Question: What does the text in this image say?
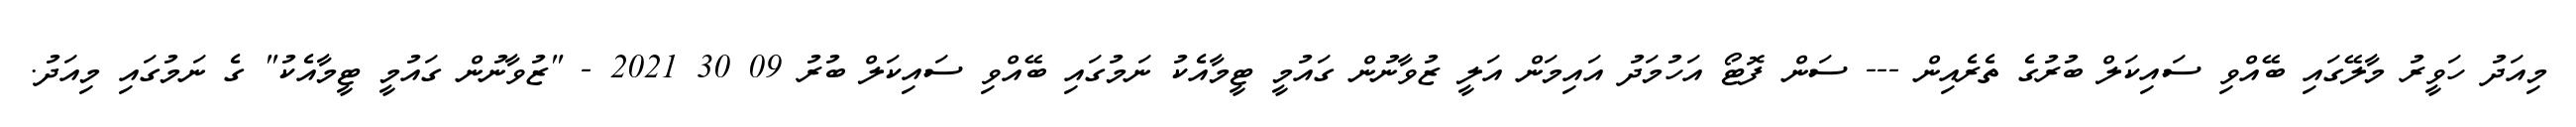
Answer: މިއަދު ހަވީރު މާލޭގައި ބޭއްވި ސައިކަލް ބުރުގެ ތެރެއިން --- ސަން ފޮޓޯ އަހުމަދު އައިމަން އަލީ ޒުވާނުން ގައުމީ ޓީމާއެކު ނަމުގައި ބޭއްވި ސައިކަލް ބުރު 09 30 2021 - "ޒުވާނުން ގައުމީ ޓީމާއެކު" ގެ ނަމުގައި މިއަދު.